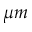
\mu m